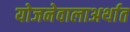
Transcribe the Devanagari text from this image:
योजनेवालाअर्थात